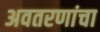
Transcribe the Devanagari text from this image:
अवतरणांचा